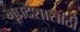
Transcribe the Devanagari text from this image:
भूप्रदेशासाठी